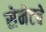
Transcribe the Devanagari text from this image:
सेनेटचे